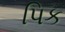
પિક